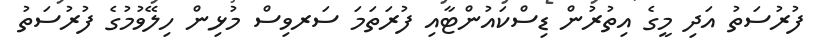
ފުރުސަތު އަދި މީގެ އިތުރުން ޑިސްކައުންޓާއި ފުރަތަމަ ސަރވިސް މުޅިން ހިލޭވުމުގެ ފުރުސަތު